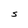
Character: S